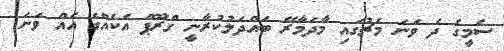
ސެމީގެ ދެ ވަނަ މެޗުގައި މާދަމާރޭ ބައްދަލުކުރާނީ ގްރޫޕް އެކެއްގެ އެއްް ވަނަ